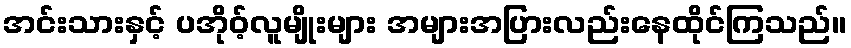
အင်းသားနှင့် ပအိုဝ့်လူမျိုးများ အများအပြားလည်းနေထိုင်ကြသည်။